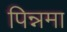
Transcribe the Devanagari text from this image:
पिन्नमा